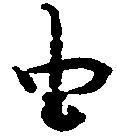
由